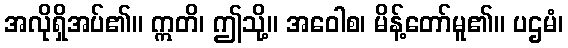
အလိုရှိအပ်၏။ ဣတိ၊ ဤသို့။ အဝေါစ၊ မိန့်တော်မူ၏။ ပဌမံ၊